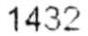
1432